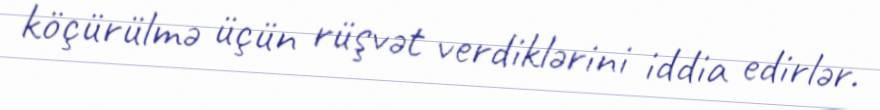
köçürülmə üçün rüşvət verdiklərini iddia edirlər.